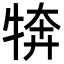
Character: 𭷦